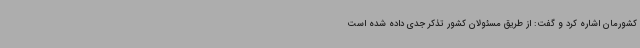
کشورمان اشاره کرد و گفت: از طریق مسئولان کشور تذکر جدی داده شده است